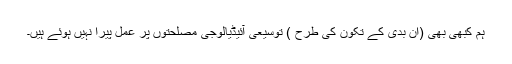
ہم کبهى بهى (ان بدى کے تکون کى طرح ) توسیعى آئیڈیالوجى مصلحتوں پر عمل پیرا نہیں ہوئے ہیں۔